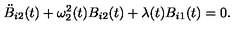
\ddot { B } _ { i 2 } ( t ) + \omega _ { 2 } ^ { 2 } ( t ) B _ { i 2 } ( t ) + \lambda ( t ) B _ { i 1 } ( t ) = 0 .